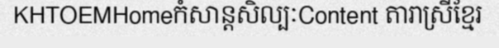
KHTOEMHomeកំសាន្តសិល្បៈContent តារាស្រីខ្មែរ